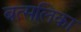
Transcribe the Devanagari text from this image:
बत्सलिका